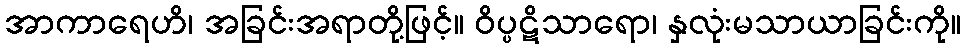
အာကာရေဟိ၊ အခြင်းအရာတို့ဖြင့်။ ဝိပ္ပဋိသာရော၊ နှလုံးမသာယာခြင်းကို။